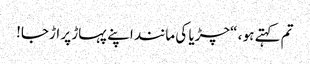
تم کہتے ہو ، “چڑیا کی مانند اپنے پہاڑ پر اڑجا!